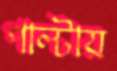
পাল্টায়